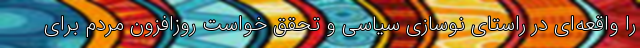
را واقعه‌ای در راستای نوسازی سیاسی و تحقق خواست روزافزون مردم برای